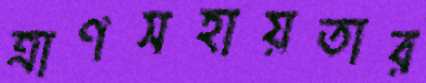
ত্রাণসহায়তার